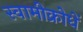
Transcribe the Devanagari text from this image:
स्वामीक्रोधें